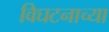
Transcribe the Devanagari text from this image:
विघटनाच्या